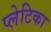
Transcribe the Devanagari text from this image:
प्लेटिका